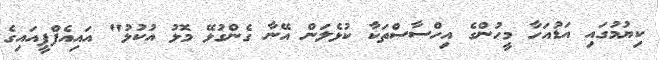
ކިޔުމުގައި އަޑުއަހާ މީހުންގެ އިހްސާސްތަކާ ކުޅެލަން އޭނާ ގެންގުޅޭ މޮޅު އުކުޅު" އައިއެފްޕީއައިގެ